system: You are a helpful assistant.
user:
Analyze the provided spectrum to determine if it is a **Carbon Star (C-type)**.

- **Key Visual Indicators of Carbon Star:**
    - **(Primary):** Strong molecular absorption from **C₂ (diatomic carbon) "Swan Bands."** This is the **defining feature** of a carbon star.
        - **(Key Bandheads):** Sharp absorption edges are visible at approximately $5635$ Å, $5165$ Å (the strongest band), and $4737$ Å.
        - **(Line Profile):** Creates a distinct **"saw-tooth"** pattern. The key morphology is a sharp, steep bandhead on the **red (long-wavelength) side**, which then gradually tapers off (i.e., flux recovers) towards the **blue (short-wavelength) side**. *(This is the direct opposite of the TiO bands seen in M-type stars)*.

    - **(Secondary):** Intense **CN (cyanogen)** molecular absorption bands.
        - **(Key Bandheads):** Located in the blue and violet regions of the spectrum (e.g., near $4215$ Å and $3883$ Å).
        - **(Morphology):** These bands are extremely broad and act as a "blanket," absorbing the vast majority of blue and violet light. This creates a characteristic **"cliff"** or **"steep drop-off"** in the spectrum's flux at short wavelengths.

    - **(Key Confirmation):** Strong **CH absorption band (G-band)**.
        - **(Key Bandhead):** Located around $4300$ Å. The contribution from CH molecules to this band is exceptionally strong.

    - **(Overall Spectrum):**
        - The continuum is severely "chopped up" by these deep molecular bands, especially C₂, rather than appearing as a smooth curve.
        - Due to the heavy CN and C₂ absorption in the blue-green, the vast majority of the star's flux is concentrated in the red part of the spectrum, giving the star its characteristic deep red color.

Think first, call **spectral_visualization_tool** if needed to examine features in detail, then provide your final answer. Your response must adhere to the following strict rules:
1.  **Overall Structure:** Your response must follow the format `<think>...</think> <tool_call>...</tool_call> (if a tool is used) <answer>...</answer>`.
2.  **Tool Usage Constraint:** You may only make **one** tool call per turn.
3.  **Final Answer Format:** In the `<answer>` tag, your conclusion must be inside a `\boxed{}` command (e.g., `\boxed{YES}`), followed by your justification.

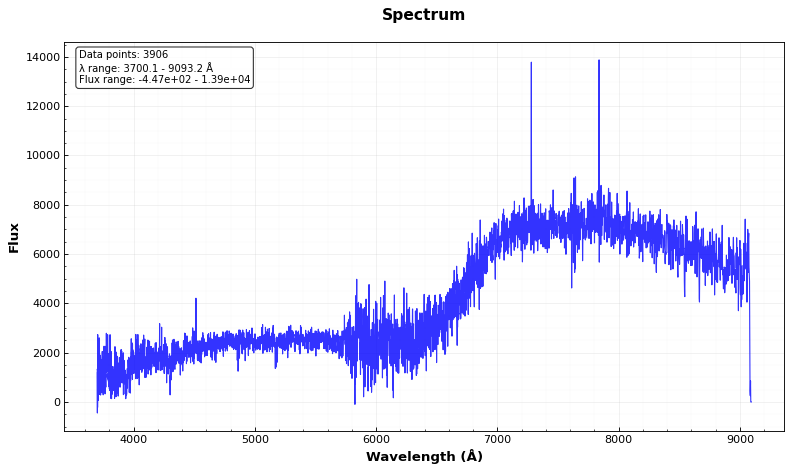
Answer: NO